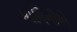
માલિનીએ